Report on sanitation, dispensaries, and jails in Rajputana for 1911, and on vaccination for the year 1911-1912 - 1911-1912
Year: 1911
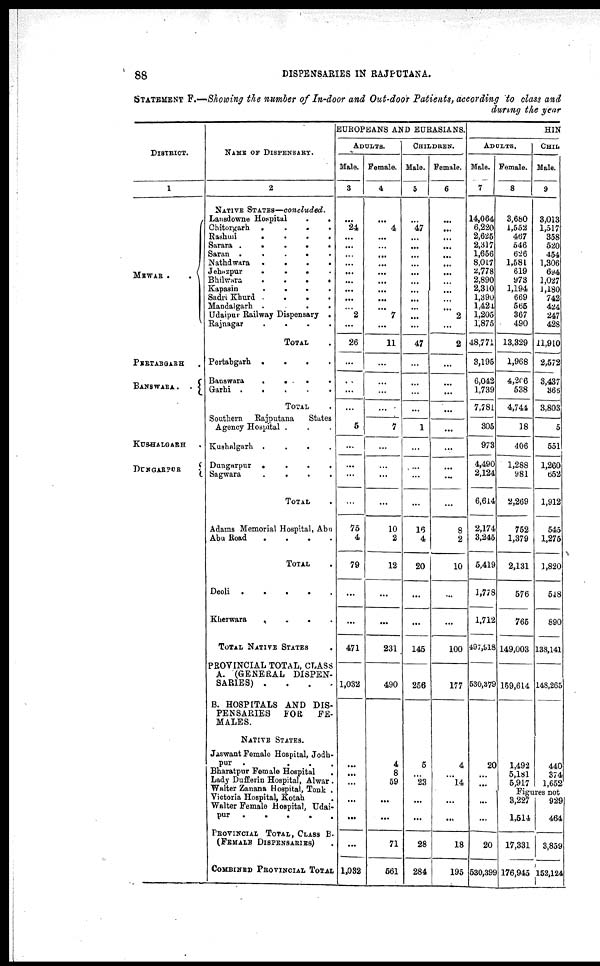
88
DISPENSARIES IN RAJPUTANA.
STATEMENT F.—Showing the number of In-door and Out-door Patients, according to class and
during the year
DISTRICT.
1
MEWAR
.
.
PERTABGARH .
BANSWARA
.
.
KUSHALGARH
DUNGARPUR
NAME OF DISPENSARY.
2
NATIVE STATES—concluded.
Lansdowne Hospital . . . .
Chitorgarh
.
.
.
.
Rashmi . . . .
Sarara
.
.
.
.
Saran
.
.
.
.
Nathdwara
.
.
.
.
Jehazpur
.
.
.
.
Bhilwara
.
.
.
.
Kapasin
.
.
.
.
Sadri Khurd
.
.
.
.
Mandalgarh
.
.
.
.
Udaipur Railway Dispensary .
Rajnagar
.
.
.
.
TOTAL .
Pertabgarh
.
.
.
.
Banswara
.
.
.
.
Garhi . . . .
TOTAL .
Southern
Rajputana
States
Agency Hospital . . . . .
Kushalgarh
.
.
.
.
Dungarpur . . . .
Sagwara
.
.
.
.
TOTAL .
Adams Memorial Hospital, Abu
Abu Road
.
.
.
.
TOTAL .
Deoli
.
.
.
.
Kherwara
.
.
.
.
TOTAL NATIVE STATES
PROVINCIAL TOTAL, CLASS
A. (GENERAL DISPEN-
SARIES) . . . .
B. HOSPITALS AND DIS-
PENSARIES
FOR
FE-
MALES.
NATIVE STATES.
Jaswant Female Hospital, Jodh-
pur
.
.
.
.
Bharatpur Female Hospital .
Lady Dufferin Hospital, Alwar .
Walter Zanana Hospital, Tonk .
Victoria Hospital, Kotah
Walter Female Hospital, Udai-
pur
.
.
.
.
PROVINCIAL TOTAL, CLASS B.
(FEMALE DISPENSARIES)
COMBINED PROVINCIAL TOTAL
EUROPEANS AND EURASIANS.
ADULTS.
Male.
3
...
24
...
...
...
...
...
...
...
...
...
2
...
26
...
...
...
...
5
...
...
...
...
75
4
79
...
...
471
1,032
...
...
...
...
...
...
1,032
Female.
4
...
4
...
...
...
...
...
...
...
...
...
7
...
11
...
...
...
...
7
...
...
...
...
10
2
12
...
...
231
490
4
8
59
...
...
71
561
CHILDREN.
Male.
5
...
47
...
...
...
...
...
...
...
...
...
...
...
47
...
...
...
...
1
...
...
...
...
16
4
20
...
...
145
256
5
...
23
...
...
28
284
Female.
6
...
...
...
...
...
...
...
...
...
...
...
2
...
2
...
...
...
...
...
...
...
...
...
8
2
10
...
...
100
177
4
...
14
...
...
18
195
HIN
ADULTS.
Male.
7
14,064
6,220
2,625
2,317
1,656
8,017
2,778
2,890
2,310
1,390
1,424
1,205
1,875
48,771
3,195
6,042
1,739
7,781
305
973
4,490
2,124
6,614
2,174
3,245
5,419
1,778
1,712
497,918
530,379
20
...
...
...
...
20
530,399
Female.
8
3,680
1,552
467
546
626
1,581
619
973
1,194
669
565
367
490
13,329
1,968
4,206
538
4,744
18
406
1,288
981
2,269
752
1,379
2,131
576
765
149,003
159,614
1,492
5,181
5,917
CHIL
Male.
9
3,013
1,517
358
520
454
1,306
694
1,027
1,180
742
424
247
428
11,910
2,572
3,437
366
3,803
5
551
1,260
652
1,912
545
1,275
1,820
518
890
138,141
148,265
440
374
1,652
Figares not
3,227
1,514
17,331
176,945
929
464
3,859
152,124